Elephants and their diseases
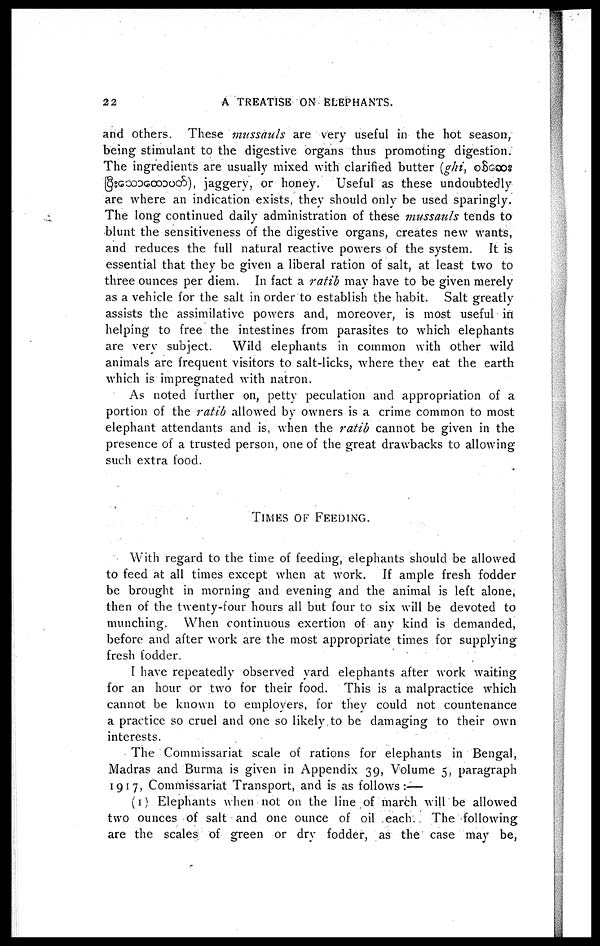
2 2
A TREATISE ON ELEPHANTS.
and others. These mussauls are very useful in the hot season,
being stimulant to the digestive organs thus promoting digestion.
The ingredients are usually mixed with clarified butter (ghi,
), jaggery, or honey. Useful as these undoubtedly
are where an indication exists, they should only be used sparingly.
The long continued daily administration of these mussauls tends to
blunt the sensitiveness of the digestive organs, creates new wants,
and reduces the full natural reactive powers of the system. It is
essential that they be given a liberal ration of salt, at least two to
three ounces per diem. In fact a ratib may have to be given merely
as a vehicle for the salt in order to establish the habit. Salt greatly
assists the assimilative powers and, moreover, is most useful in
helping to free the intestines from parasites to which elephants
are very subject.
Wild elephants in common with other wild
animals are frequent visitors to salt-licks, where they eat the earth
which is impregnated with natron.
As noted further on, petty peculation and appropriation of a
portion of the ratib allowed by owners is a crime common to most
elephant attendants and is, when the ratib cannot be given in the
presence of a trusted person, one of the great drawbacks to allowing
such extra food.
TIMES OF FEEDING.
With regard to the time of feeding, elephants should be allowed
to feed at all times except when at work. If ample fresh fodder
be brought in morning and evening and the animal is left alone,
then of the twenty-four hours all but four to six will be devoted to
munching. When continuous exertion of any kind is demanded,
before and after work are the most appropriate times for supplying
fresh fodder.
I have repeatedly observed yard elephants after work waiting
for an hour or two for their food. This is a malpractice which
cannot be known to employers, for they could not countenance
a practice so cruel and one so likely to be damaging to their own
interests.
The Commissariat scale of rations for elephants in Bengal,
Madras and Burma is given in Appendix 39, Volume 5, paragraph
1917, Commissariat Transport, and is as follows:—
(I) Elephants when not on the line of march will be allowed
two ounces of salt and one ounce of oil each
The following
are the scales of green or dry fodder, as the case may be,